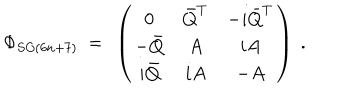
\Phi _ { S O ( 6 n + 7 ) } ~ = ~ \left( \begin{array} { c c c } { { 0 } } & { { \bar { Q } ^ { T } } } & { { - i \bar { Q } ^ { T } } } \\ { { - \bar { Q } } } & { { A } } & { { i A } } \\ { { i \bar { Q } } } & { { i A } } & { { - A } } \\ \end{array} \right) ~ .